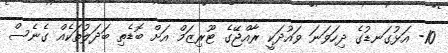
10- އަޅުގަނޑުގެ ދިހަވަނަ ވައުދަކީ ރާއްޖޭގެ ޓޫރިޒަމް އަށް ބޮޑެތި ބަދަލުތަކެއް ގެނެސް